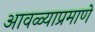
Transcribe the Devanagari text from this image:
आवळ्याप्रमाणे